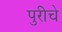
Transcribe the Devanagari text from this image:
पुरीचे